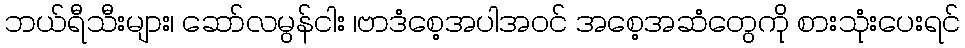
ဘယ်ရီသီးများ၊ ဆော်လမွန်ငါး ၊ဗာဒံစေ့အပါအဝင် အစေ့အဆံတွေကို စားသုံးပေးရင်